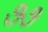
૭૭